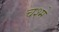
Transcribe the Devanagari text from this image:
चश्‍मे